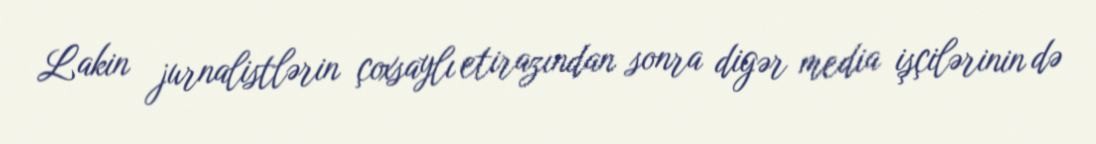
Lakin jurnalistlərin çoxsaylı etirazından sonra digər media işçilərinin də